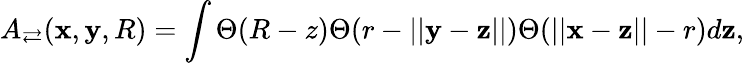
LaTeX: A_{\rightleftarrows}(\mathbf x,\mathbf y,R)=\int\Theta(R-z)\Theta(r-||\mathbf y-\mathbf z||)\Theta(||\mathbf x-\mathbf z||-r)d\mathbf z,